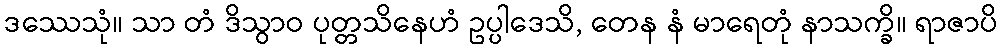
ဒဿေသုံ။ သာ တံ ဒိသွာဝ ပုတ္တသိနေဟံ ဥပ္ပါဒေသိ, တေန နံ မာရေတုံ နာသက္ခိ။ ရာဇာပိ